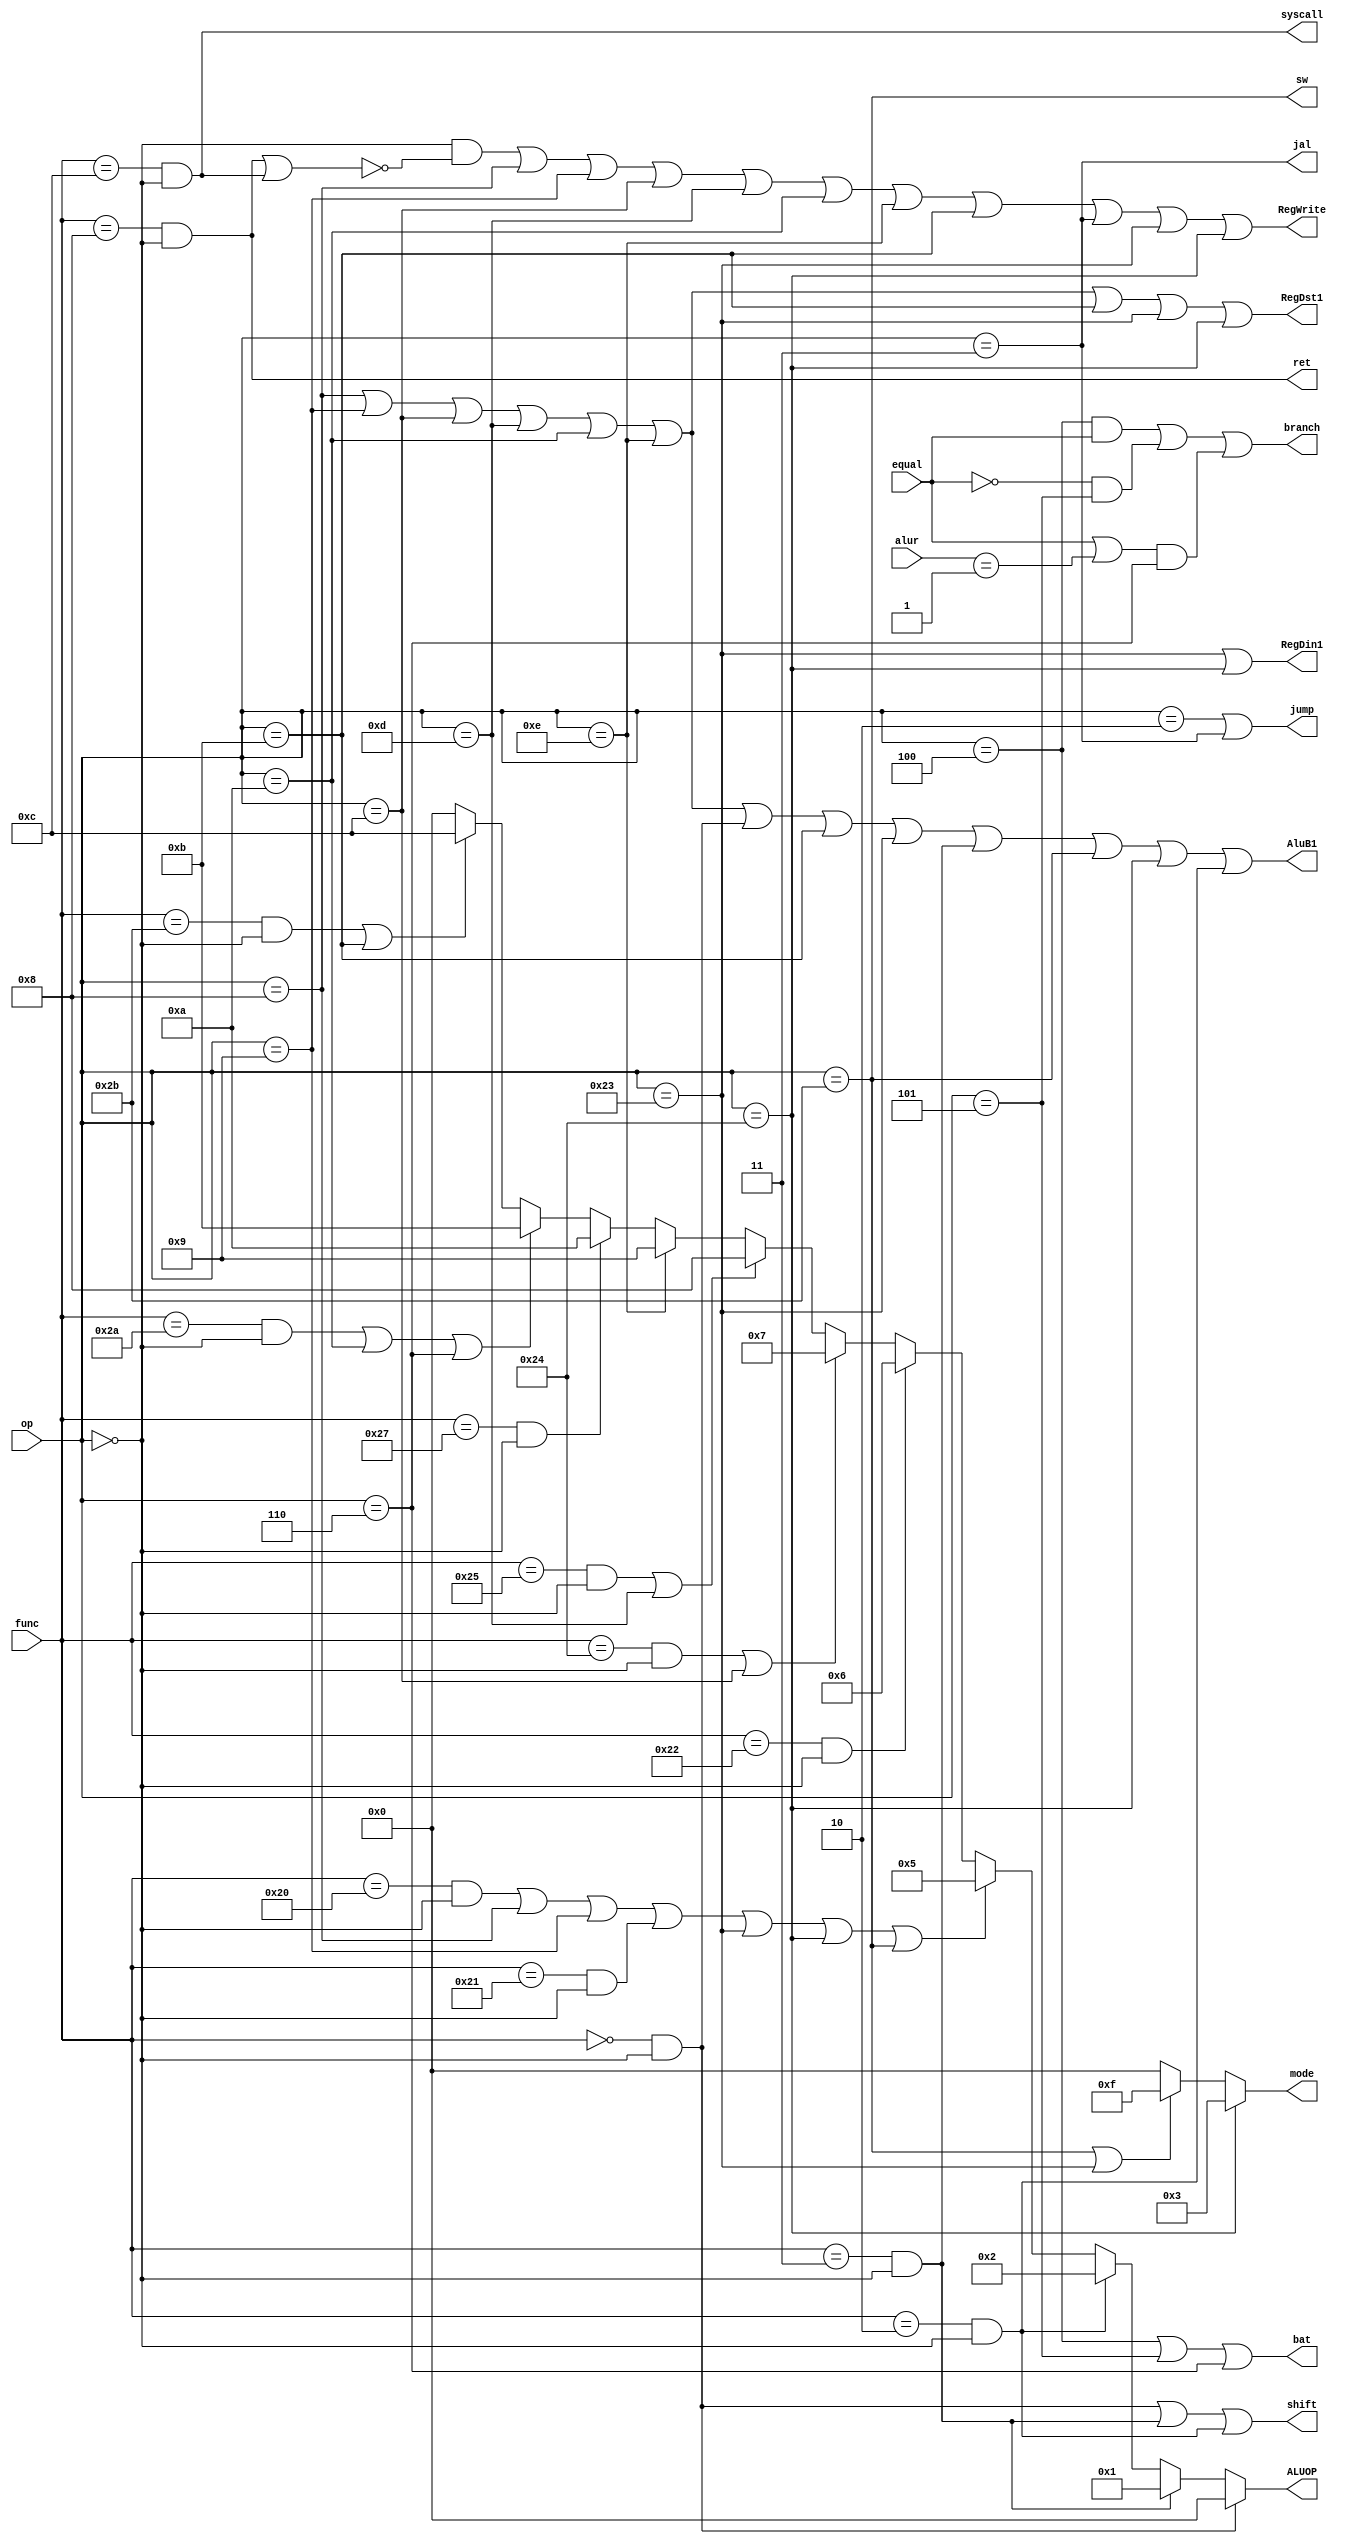
module controller(
    op, func, alur,equal,  
    jump,branch,ret,RegDst1,jal,RegDin1,
    shift,ALUOP,syscall,RegWrite,sw,
    mode,bat,AluB1
    );
    input [5:0] op; //opֶ
    input [5:0] func;//funcֶ
    input [31:0] alur;  //alu
    input equal;        //aluǷȵж
    output  jump;    //֧
    output  branch;  //֧ɹ
    output  bat; //֧
    output  ret; //return 
    output  RegDst1; //
    output  jal; //jal
    output  RegDin1; //
    output  shift;   //λ
    output  [3:0]ALUOP;   //aluĲ
    output  syscall; //ͣ
    output  RegWrite;  //дĴ  
    output  sw;      //DMWrite дݴ洢
    output  [3:0]mode;    //ݴ洢ģʽ
    output  AluB1;  //alubѡź
    wire r;
    wire addi;
    wire addiu;
    wire andi;
    wire ori;
    wire slti;
    wire xori;
    wire sltiu;
    wire lw;
    wire lbu;
    wire beq;
    wire bne;
    wire blez;
    wire j;
    wire add;
    wire addu;
    wire And;
    wire sll;
    wire sra;
    wire srl;
    wire sub;
    wire Or;
    wire Nor;
    wire slt;
    wire sltu;
    wire tmpsys,tmpbr;
    assign r = (op==6'h00);     //8
    assign addi = (op==6'h08);
    assign addiu = (op==6'h09);
    assign andi = (op==6'h0c);
    assign ori = (op==6'h0d);
    assign slti = (op==6'h0a);
    assign xori = (op==6'h0e);
    assign sltiu = (op==6'h0b);
    assign lw = (op==6'h23);
    assign sw = (op==6'h2b);
    assign lbu = (op==6'h24);
    assign beq = (op==6'h04);
    assign bne = (op==6'h05);
    assign blez = (op==6'h06);
    assign j = (op==6'h02);
    assign jal = (op==6'h03);
    assign add = (func==6'h20)& r;
    assign addu = (func==6'h21)& r;
    assign And = (func==6'h24)& r;
    assign sll = (func==6'h00)& r;
    assign sra = (func==6'h03)& r;
    assign srl = (func==6'h02)& r;
    assign sub = (func==6'h22)& r;
    assign Or = (func==6'h25)& r;
    assign Nor = (func==6'h27)& r;
    assign slt = (func==6'h2a)& r;
    assign sltu = (func==6'h2b)& r;
    assign ret = (func==6'h08)& r;
    assign syscall = (func==6'h0c)& r;
    assign tmpsys = r & (~(ret | syscall));
    assign tmpbr = equal | (alur==32'h00000001);

    assign jump = j|jal;
    assign bat = beq|bne|blez;
    assign RegDst1 = addi|addiu|andi|ori|slti|xori|sltiu|lw|lbu;
    assign RegDin1 = lw|lbu;
    assign AluB1 = addi|addiu|andi|ori|slti|xori|sll|sltiu|lw|sra|sw|lbu|srl;
    assign RegWrite = tmpsys|addi|addiu|andi|ori|slti|xori|sltiu|jal|lw|lbu;
    assign branch = beq & equal | (~equal)& bne | tmpbr & blez;
    assign shift = sll | sra | srl;

    assign mode = lbu ? 4'b0011:
        (sw | lw)? 4'b1111: 4'b0000;
    assign ALUOP = sll ? 4'h00:
                    sra ? 4'h01:
                    srl ? 4'h02:
                    (add|addi|addiu|addu|lw|lbu|sw)? 4'h05:
                    sub? 4'h06:
                    (And|andi)? 4'h07:
                    (Or|ori)? 4'h08:
                    xori? 4'h09:
                    Nor? 4'h0a:
                    (slt|slti|blez)? 4'h0b:
                    (sltu|sltiu)? 4'h0c:4'h00;//һ
endmodule